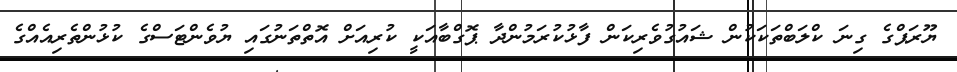
ޔޫރަޕްގެ ގިނަ ކްލަބްތަކަކުން ޝައުގުވެރިކަން ފާޅުކުރަމުންދާ ޕޮގްބާއަކީ ކުރިއަށް އޮތްތަނުގައި ޔުވެންޓަސްގެ ކުޅުންތެރިއެއްގެ